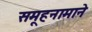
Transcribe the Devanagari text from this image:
समूहनामाने